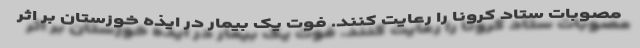
مصوبات ستاد کرونا را رعایت کنند. فوت یک بیمار در ایذه خوزستان بر اثر